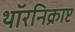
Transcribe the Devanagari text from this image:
थॉरनिक्राप्ट